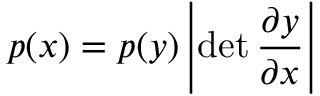
p ( x ) = p ( y ) \left| { \operatorname* { d e t } \frac { \partial y } { \partial x } } \right|